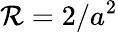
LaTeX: {\cal R}=2/a^{2}